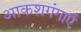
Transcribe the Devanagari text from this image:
आकशगंगाएँ